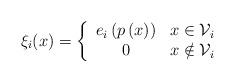
LaTeX: \begin{align*}\xi_i(x)=\left\{\begin{array}{c l} e_i\left(p\left(x\right)\right) & x \in \mathcal{V}_i \\ 0 & x \notin \mathcal{V}_i\end{array}\right.\end{align*}